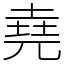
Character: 堯